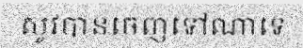
សូវបានចេញទៅណាទេ